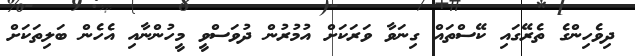
ދިވެހިންގެ ތެރޭގައި ކޭސްތައް ގިނަވާ ވަރަކަށް އުމުރުން ދުވަސްވީ މީހުންނާއި އެހެން ބަލިތަކަށް